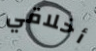
أخلاقي